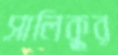
সালিকুর